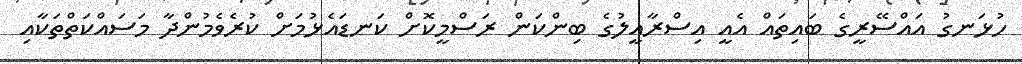
ހުޅަނގު އައްސޭރީގެ ބައިތައް އެއީ އިސްރާއީލުގެ ބިންކަން ރަސްމީކޮށް ކަނޑައެޅުމަށް ކުރެވެމުންދާ މަސައްކަތްތަކާއި